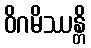
ဝိဂမိဿန္တိ